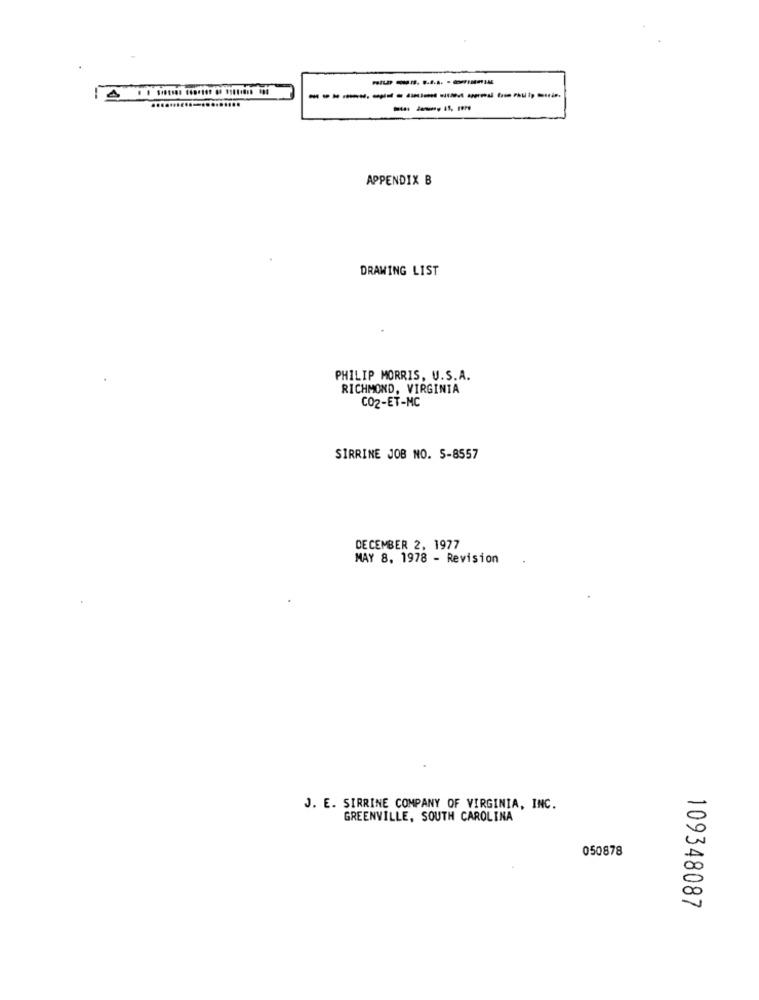
-------
--- -
APPENDIX B
DRAWING LIST
PHILIP MORRIS, U.S.A.
RICHMOND, VIRGINIA
CO2-ET-MC
SIRRINE JOB NO. S-8557
DECEMBER 2, 1977
MAY 8. 1978 - Revision
J. E. SIRRINE COMPANY OF VIRGINIA, INC.
GREENVILLE, SOUTH CAROLINA
050878
109348087